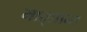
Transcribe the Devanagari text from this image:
मातृप्रान्त